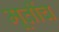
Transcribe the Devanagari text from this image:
मूर्तीच